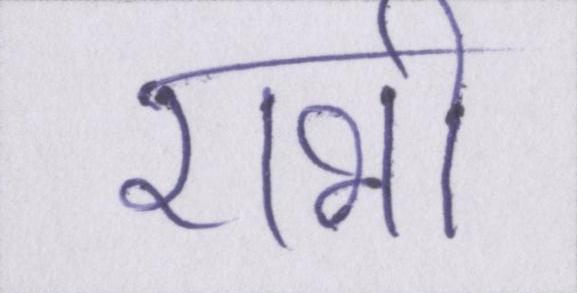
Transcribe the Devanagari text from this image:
राभी